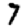
Digit: 7